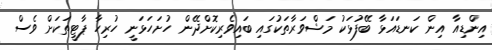
އިންޑިއާ އިން ކަނޑައަޅާ ބޭފުޅަކު މަޝްވަރާތަކުގައި ބައިވެރިކޮށްދޭން ހުށަހަޅަނީ ހުރިހާ ޕާޓީތަކަށް ވެސް